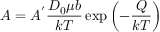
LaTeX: A = A ^ { ' } { \frac { D _ { 0 } \mu b } { k T } } \exp \left( - { \frac { Q } { k T } } \right)